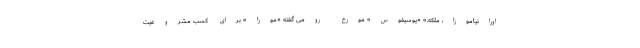
اورانیاموزا، ملکه.» «یوسیفوس» مورخ رومی گفته «موزا» برای کسب مشروعیت